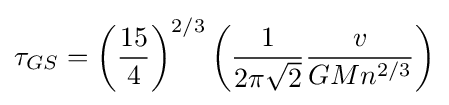
\tau _{GS}=\left({\frac {15}{4}}\right)^{2/3}\left({\frac {1}{2\pi {\sqrt {2}}}}{\frac {v}{GMn^{2/3}}}\right)